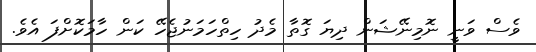
ވެސް ވަނީ ނޮމިނޭޝަން ދިޔަ ގޮތާ މެދު ހިތްހަމަނުޖެހޭ ކަން ހާމަކޮށްފަ އެވެ.